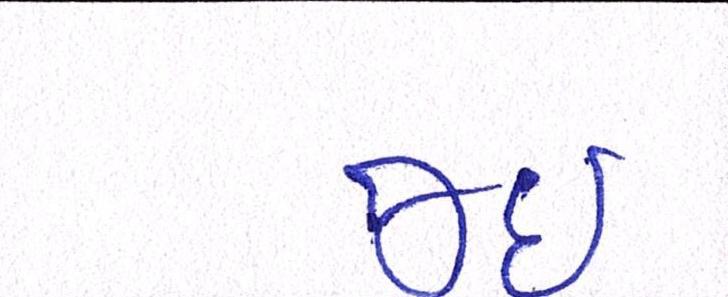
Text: જઈ